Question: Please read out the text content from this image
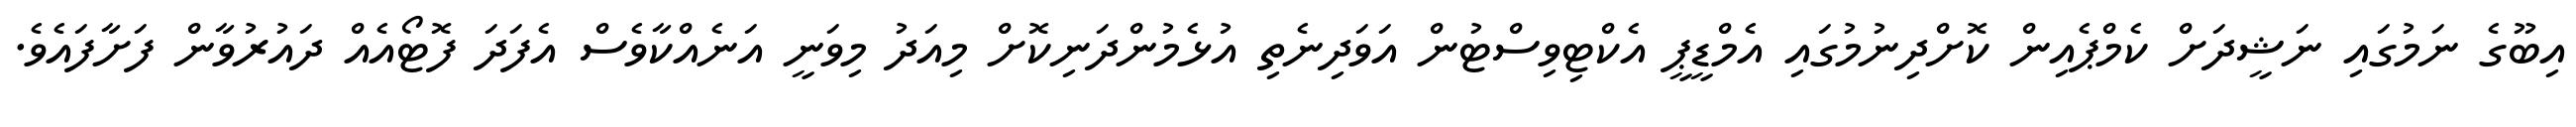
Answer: އިބޫގެ ނަމުގައި ނަޝީދަށް ކެމްޕެއިން ކޮށްދިނުމުގައި އެމްޑީޕީ އެކްޓިވިސްޓުން އަވަދިނެތި އުޅެމުންދަނިކޮށް މިއަދު މިވަނީ އަނެއްކާވެސް އެފަދަ ފޮޓޯއެއް ދައުރުވާން ފަށާފައެވެ.